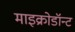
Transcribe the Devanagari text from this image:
माइक्रोडॉन्ट